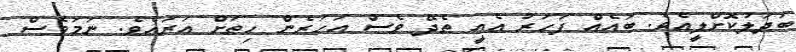
ބަދަލުކޮށްލީއެވެ. ބައެއް ފަހަރު އެއީ ތެދޭ ވެސް އަހަރެން ހިތަށް އަރައެވެ. ނަމަވެސް